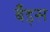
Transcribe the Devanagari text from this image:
बँड्स